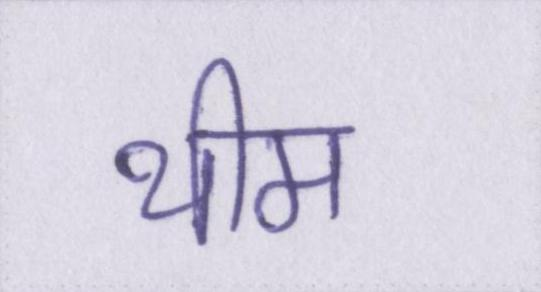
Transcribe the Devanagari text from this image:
थीम